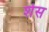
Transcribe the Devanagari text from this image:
शेस